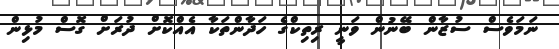
ނަމަވެސް ސުޒާން ބޭނުން ވަނީ ރިތިކްގެ ހަދާންތަކާ އެއްކޮށް ދުރަށް ގޮސް މުޅިން